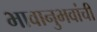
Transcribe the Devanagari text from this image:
भावानुभवांची